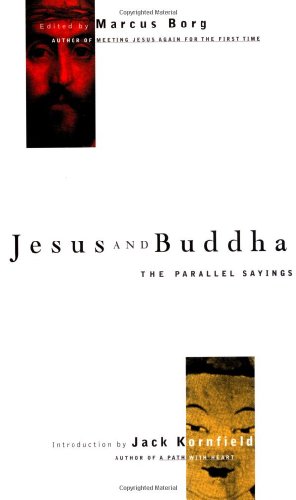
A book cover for Jesus and Buddha: The Parallel Sayings; Marcus Borg; Christian Books & Bibles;